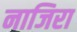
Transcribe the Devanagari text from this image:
नाजिरा